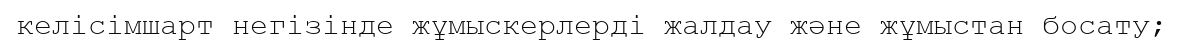
келісімшарт негізінде жұмыскерлерді жалдау және жұмыстан босату;